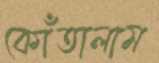
কোঁতালাম